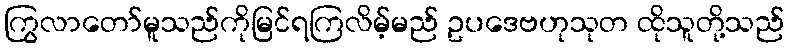
ကြွလာတော်မူသည်ကိုမြင်ရကြလိမ့်မည် ဥပဒေဗဟုသုတ ထိုသူတို့သည်